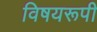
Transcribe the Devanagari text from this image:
विषयरूपी